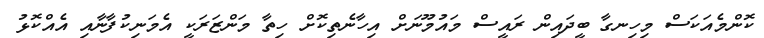
ކޮންމެއަކަސް މިހިނގާ ބީދައިން ރައީސް މައުމޫނަށް އިހާނެތިކޮށް ހިތާ މަންޒަރަކީ އެމަނިކުފާނާއި އެއްކޮޅު